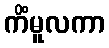
ကိံမူလကာ